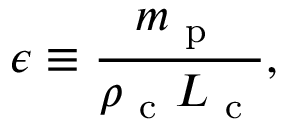
\epsilon \equiv \frac { m _ { \mathrm { ~ p ~ } } } { \rho _ { \mathrm { ~ c ~ } } L _ { \mathrm { ~ c ~ } } } ,